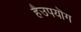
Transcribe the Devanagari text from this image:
हैउपयॊग